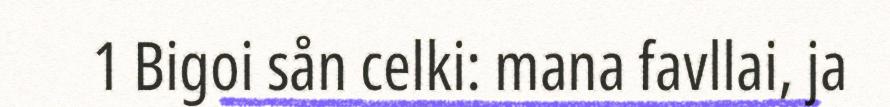
1 Bigoi sån celki: mana favllai, ja